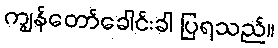
ကျွန်တော်ခေါင်းခါ ပြရသည်။